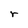
Character: r